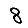
Digit: 8